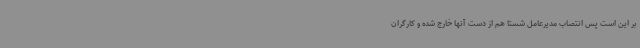
بر این است پس انتصاب مدیرعامل شستا هم از دست آنها خارج شده و کارگران